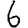
Digit: 6